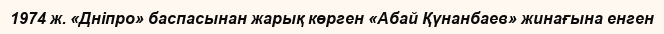
1974 ж. «Дніпро» баспасынан жарық көрген «Абай Қүнанбаев» жинағына енген